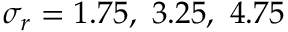
\sigma _ { r } = 1 . 7 5 , ~ 3 . 2 5 , ~ 4 . 7 5